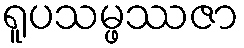
ရူပသမ္ဖဿဇာ